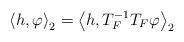
LaTeX: \begin{align*}\left\langle h,\varphi\right\rangle _{2}=\left\langle h,T_{F}^{-1}T_{F}\varphi\right\rangle _{2}\end{align*}